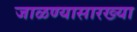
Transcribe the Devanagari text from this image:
जाळण्यासारख्या